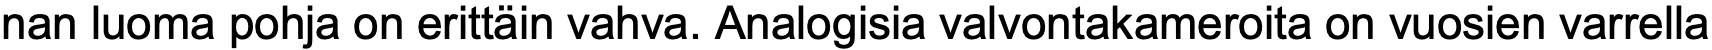
nan luoma pohja on erittäin vahva. Analogisia valvontakameroita on vuosien varrella